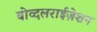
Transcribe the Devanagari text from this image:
बोव्दलराईज़ेशन